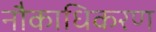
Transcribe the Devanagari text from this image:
नौकाधिकरण